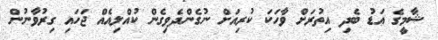
ޝާމީގެ އަޑު ބެދި އިތުރަށް ވާހަކަ ކުރިއަށް ނުގެންދެވިގެން ކުއްލިއެއް ޖަހައި ގިރުވާނުން